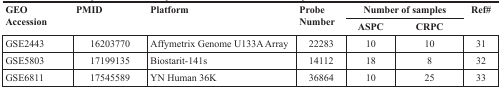
<table><thead><tr><td rowspan="2"><b>GEO Accession</b></td><td rowspan="2"><b>PMID</b></td><td rowspan="2"><b>Platform</b></td><td rowspan="2"><b>Probe Number</b></td><td colspan="2"><b>Number of samples</b></td><td rowspan="2"><b>Ref#</b></td></tr><tr><td><b>ASPC</b></td><td><b>CRPC</b></td></tr></thead><tbody><tr><td>GSE2443</td><td>16203770</td><td>Affymetrix Genome U133A Array</td><td>22283</td><td>10</td><td>10</td><td>31</td></tr><tr><td>GSE5803</td><td>17199135</td><td>Biostarit-141s</td><td>14112</td><td>18</td><td>8</td><td>32</td></tr><tr><td>GSE6811</td><td>17545589</td><td>YN Human 36K</td><td>36864</td><td>10</td><td>25</td><td>33</td></tr></tbody></table>